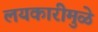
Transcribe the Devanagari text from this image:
लयकारीमुळे